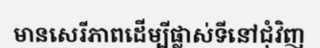
មានសេរីភាពដើម្បីផ្លាស់ទីនៅជុំវិញ